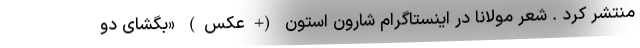
منتشر کرد . شعر مولانا در اینستاگرام شارون استون (+عکس) «بگشای دو